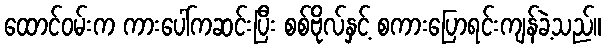
ထောင်ဝမ်းက ကားပေါ်ကဆင်းပြီး စစ်ဗိုလ်နှင့် စကားပြောရင်းကျန်ခဲ့သည်။